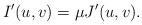
LaTeX: \begin{align*}I'(u,v)=\mu J'(u,v).\end{align*}